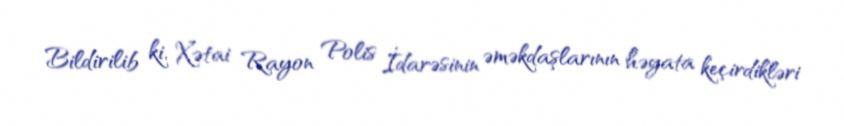
Bildirilib ki, Xətai Rayon Polis İdarəsinin əməkdaşlarının həyata keçirdikləri